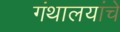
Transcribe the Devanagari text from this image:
गंथालयांचे